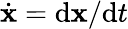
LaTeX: \dot{\mathbf{x}}=\mathrm{d\mathbf{x}}/\mathrm{d}t